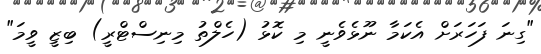
"ގިނަ ފަހަރަށް އެކަމާ ނޫޅެވެނީ މި ކޮޅު (ހެލްތު މިނިސްޓްރީ) ބިޒީ ވީމަ"